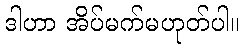
ဒါဟာ အိပ်မက်မဟုတ်ပါ။